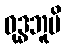
ဝုဒ္ဓဘူမိ